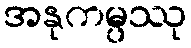
အနုကမ္ပဿု